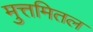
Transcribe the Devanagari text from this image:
मुत्तमितल